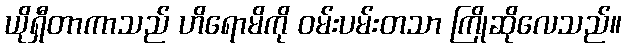
ယိုရှီတာကာသည် ဟိရောမိကို ဝမ်းပမ်းတသာ ကြိုဆိုလေသည်။